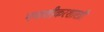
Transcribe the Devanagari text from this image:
पणशीकरशास्त्री